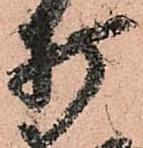
打